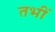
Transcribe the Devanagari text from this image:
तभीं